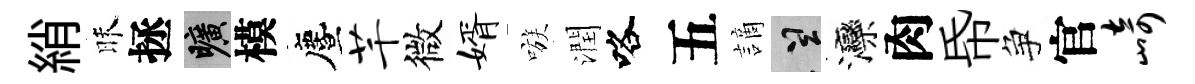
綃昧拯曠模󵨌芊微婿嗾潤咯五謫誠灤肉帋争官崎